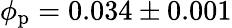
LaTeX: \phi_{\mathrm{p}}=0.034\pm 0.001